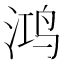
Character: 鸿